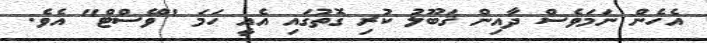
އެހެން ނަމަވެސް ދާއިން ޤަބޫލު ކުރި ގޮތުގައި އެއީ ހަމަ "ވޭސްޓް" އެވެ.